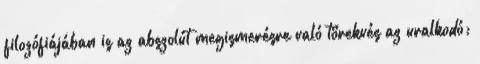
filozófiájában is az abszolút megismerésre való törekvés az uralkodó;